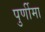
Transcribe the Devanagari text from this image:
पुर्णीमा